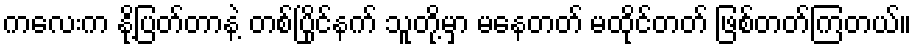
ကလေးက နို့ပြတ်တာနဲ့ တစ်ပြိုင်နက် သူတို့မှာ မနေတတ် မထိုင်တတ် ဖြစ်တတ်ကြတယ်။